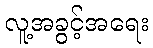
လူ့အခွင့်အရေး